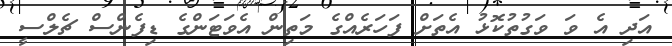
އަދި އެ ވަ ވަގުތުކޮޅު އެތަށް ފަހަރެއްގެ މަތިން އެވަޓަންގެ ޑިފެންސް ޗެލްސީ